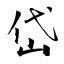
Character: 岱